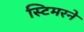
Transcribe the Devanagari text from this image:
स्टिमरने